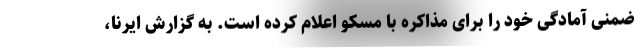
ضمنی آمادگی خود را برای مذاکره با مسکو اعلام کرده است. به گزارش ایرنا،